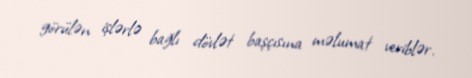
görülən işlərlə bağlı dövlət başçısına məlumat veriblər.